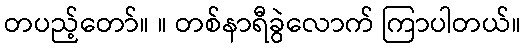
တပည့်တော်။ ။ တစ်နာရီခွဲလောက် ကြာပါတယ်။